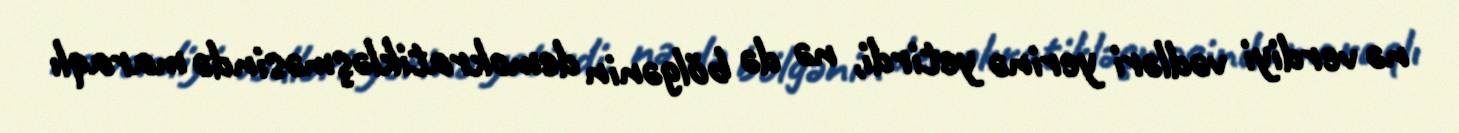
nə verdiyi vədləri yerinə yetirdi, nə də bölgənin demokratikləşməsində maraqlı